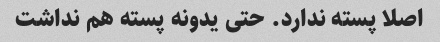
اصلا پسته ندارد. حتی یدونه پسته هم نداشت